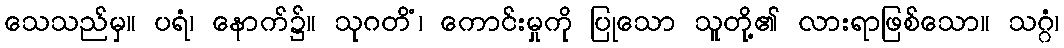
သေသည်မှ။ ပရံ၊ နောက်၌။ သုဂတိံ၊ ကောင်းမှုကို ပြုသော သူတို့၏ လားရာဖြစ်သော။ သဂ္ဂံ၊